Vaccination in the Punjab 1919-1929 - 1919-1929
Year: 1919
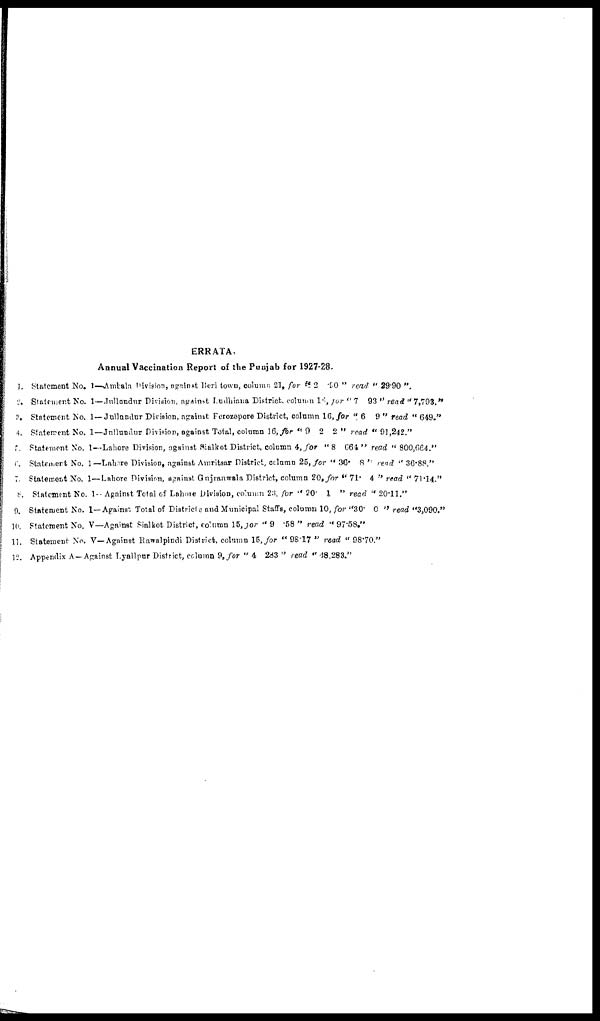
ERRATA.
Annual Vaccination Report of the Punjab for 1927-28.
1.
2.
3.
4.
5.
6.
7.
8.
9.
10.
11.
12.
Statement No. 1—Ambala division, against Deri town, column 21, for " 2 90 " read " 29.90 ".
Statement No. 1—Jullundur Division, against Ludhiana District, column 18, for " 7 93 " read "7,793,"
Statement No. 1 — Jullundur Division, against Ferozepore District, column 16, for "6 9 " read " 649."
Statement No. 1—Jnllundur Division, against Total, column 16,for "9 2 2 " read " 91,242."
Statement No. 1—Lahore Division, against Sialkot District, column 4, for "8 664 " read " 800,664."
Statement No. 1—Lahore Division, against Amritsar District, column 25, for " 36. 8 ' rend " 36.88."
Statement No. 1—Lahore Division, against Gujranwala District, column 20, for " 71. 4 " read " 71.14."
Statement No. 1— Against Total of Lahore Division, column 23. for " 20. 1 " read " 20.11."
Statement No. 1—Against Total of Districts and Municipal Staffs, column 10, for "30. 0 " read "3,090."
Statement No. V—Against Sialkot District, column 15, for "9 .58 " read " 97.58."
Statement No. V—Against Rawalpindi District, column 15, for "98.17 " read "98.70."
Appendix A—Against Lyallpur District, column 9, for " 4 283 " read " 48,283."